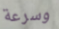
وسرعة